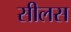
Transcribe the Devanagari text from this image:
सीलस